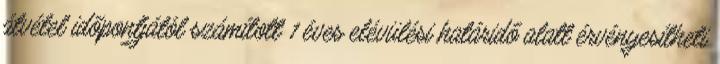
átvétel időpontjától számított 1 éves elévülési határidő alatt érvényesítheti